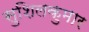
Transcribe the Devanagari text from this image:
सुशिलकुमार